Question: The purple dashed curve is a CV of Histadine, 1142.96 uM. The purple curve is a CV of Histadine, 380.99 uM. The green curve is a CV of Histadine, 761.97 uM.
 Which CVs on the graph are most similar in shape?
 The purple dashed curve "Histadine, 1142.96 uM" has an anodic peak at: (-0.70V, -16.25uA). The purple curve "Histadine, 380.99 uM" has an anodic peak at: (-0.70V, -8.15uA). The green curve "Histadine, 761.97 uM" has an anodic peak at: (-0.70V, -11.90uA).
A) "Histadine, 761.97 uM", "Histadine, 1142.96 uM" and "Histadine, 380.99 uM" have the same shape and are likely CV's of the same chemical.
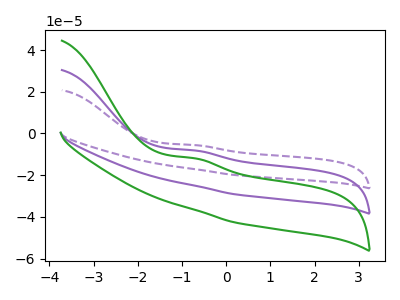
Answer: <think>All the peaks in "Histadine, 1142.96 uM" have a peak in "Histadine, 380.99 uM" at the same potential. Every peak in "Histadine, 1142.96 uM" is lower than every peak in "Histadine, 380.99 uM". All the peaks in "Histadine, 1142.96 uM" have a peak in "Histadine, 761.97 uM" at the same potential. Every peak in "Histadine, 1142.96 uM" is lower than every peak in "Histadine, 761.97 uM". All the peaks in "Histadine, 380.99 uM" have a peak in "Histadine, 761.97 uM" at the same potential. Every peak in "Histadine, 380.99 uM" is higher than every peak in "Histadine, 761.97 uM".
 </think>
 <answer>A) "Histadine, 761.97 uM", "Histadine, 1142.96 uM" and "Histadine, 380.99 uM" have the same shape and are likely CV's of the same chemical.</answer>
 <eval>A</eval>